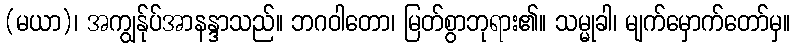
(မယာ)၊ အကျွန်ုပ်အာနန္ဒာသည်။ ဘဂဝါတော၊ မြတ်စွာဘုရား၏။ သမ္မုခါ၊ မျက်မှောက်တော်မှ။